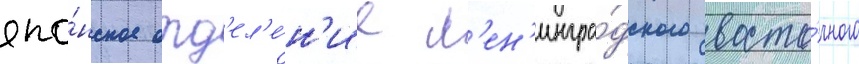
япо́нское отд'ел'е́н'ие л'ен'ингра́дского восто́чного